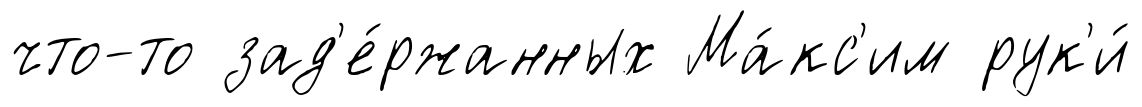
что-то зад'е́ржанных Ма́кс'им рук'и́